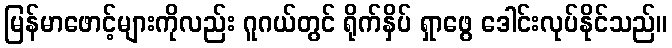
မြန်မာဖောင့်များကိုလည်း ဂူဂယ်တွင် ရိုက်နှိပ် ရှာဖွေ ဒေါင်းလုပ်နိုင်သည်။